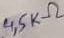
Text: 4,5KΩ